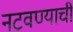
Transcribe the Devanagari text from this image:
नटवण्याची